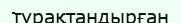
тұрақтандырған